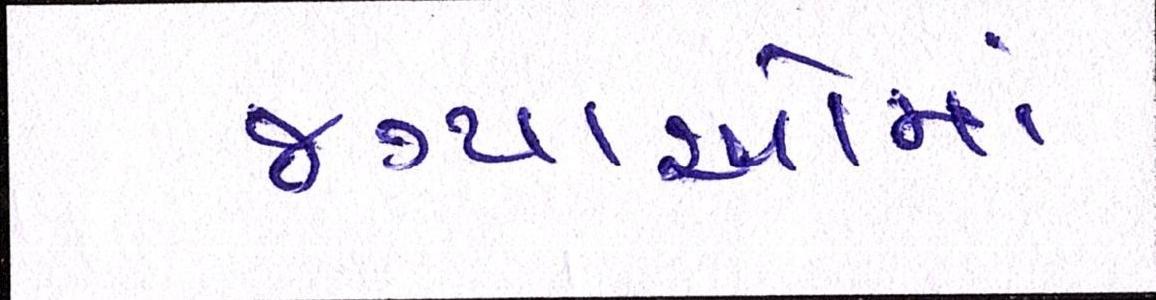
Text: જગ્યાઓમાં